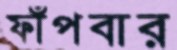
ফাঁপবার